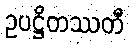
ဥပဋ္ဌိတဿတီ